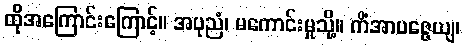
ထိုအကြောင်းကြောင့်။ အပုညံ၊ မကောင်းမှုသို့။ ကိံအာပဇ္ဇေယျ၊